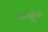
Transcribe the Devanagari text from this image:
चम्ब्रून